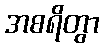
အစရိတွာ